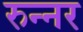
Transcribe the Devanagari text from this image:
रुन्नर